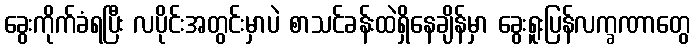
ခွေးကိုက်ခံရပြီး လပိုင်းအတွင်းမှာပဲ စာသင်ခန်းထဲရှိနေချိန်မှာ ခွေးရူးပြန်လက္ခဏာတွေ